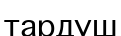
тардуш